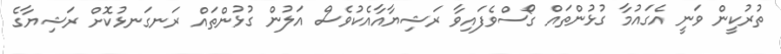
ތުރުކީން ވަނީ އެގައުމާ ގުޅުންތައް ގޯސްވެފައިވާ ރަޝިޔާއާއެކުވެސް އަލުން ގުޅުންތައް ރަނގަނޅުކޮށް ރަޝިޔާގެ